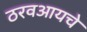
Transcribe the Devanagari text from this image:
ठरवआयचे